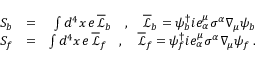
\begin{array} { r l r } { S _ { b } } & { = } & { \int d ^ { 4 } x \, e \, \overline { { \mathcal { L } } } _ { b } \quad , \quad \overline { { \mathcal { L } } } _ { b } = \psi _ { b } ^ { \dagger } i e _ { \alpha } ^ { \mu } \sigma ^ { \alpha } \nabla _ { \mu } \psi _ { b } } \\ { S _ { f } } & { = } & { \int d ^ { 4 } x \, e \, \overline { { \mathcal { L } } } _ { f } \quad , \quad \overline { { \mathcal { L } } } _ { f } = \psi _ { f } ^ { \dagger } i e _ { \alpha } ^ { \mu } \sigma ^ { \alpha } \nabla _ { \mu } \psi _ { f } \; . } \end{array}